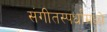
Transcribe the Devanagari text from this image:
संगीतस्पर्धांमध्ये